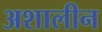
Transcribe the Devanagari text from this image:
अशालीन